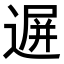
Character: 𨔧